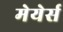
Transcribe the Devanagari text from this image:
मेयेर्स